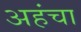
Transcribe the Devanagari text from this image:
अहंचा